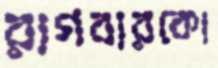
রাগবারকো